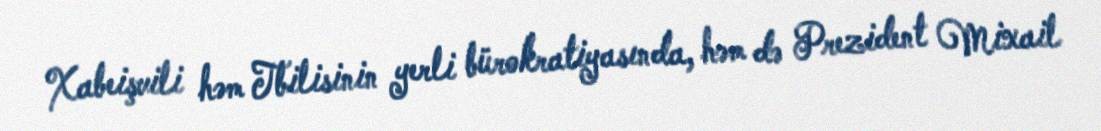
Xabeişvili həm Tbilisinin yerli bürokratiyasında, həm də Prezident Mixail